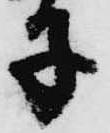
子